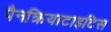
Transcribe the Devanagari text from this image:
पैनक्रियाटाइटिस